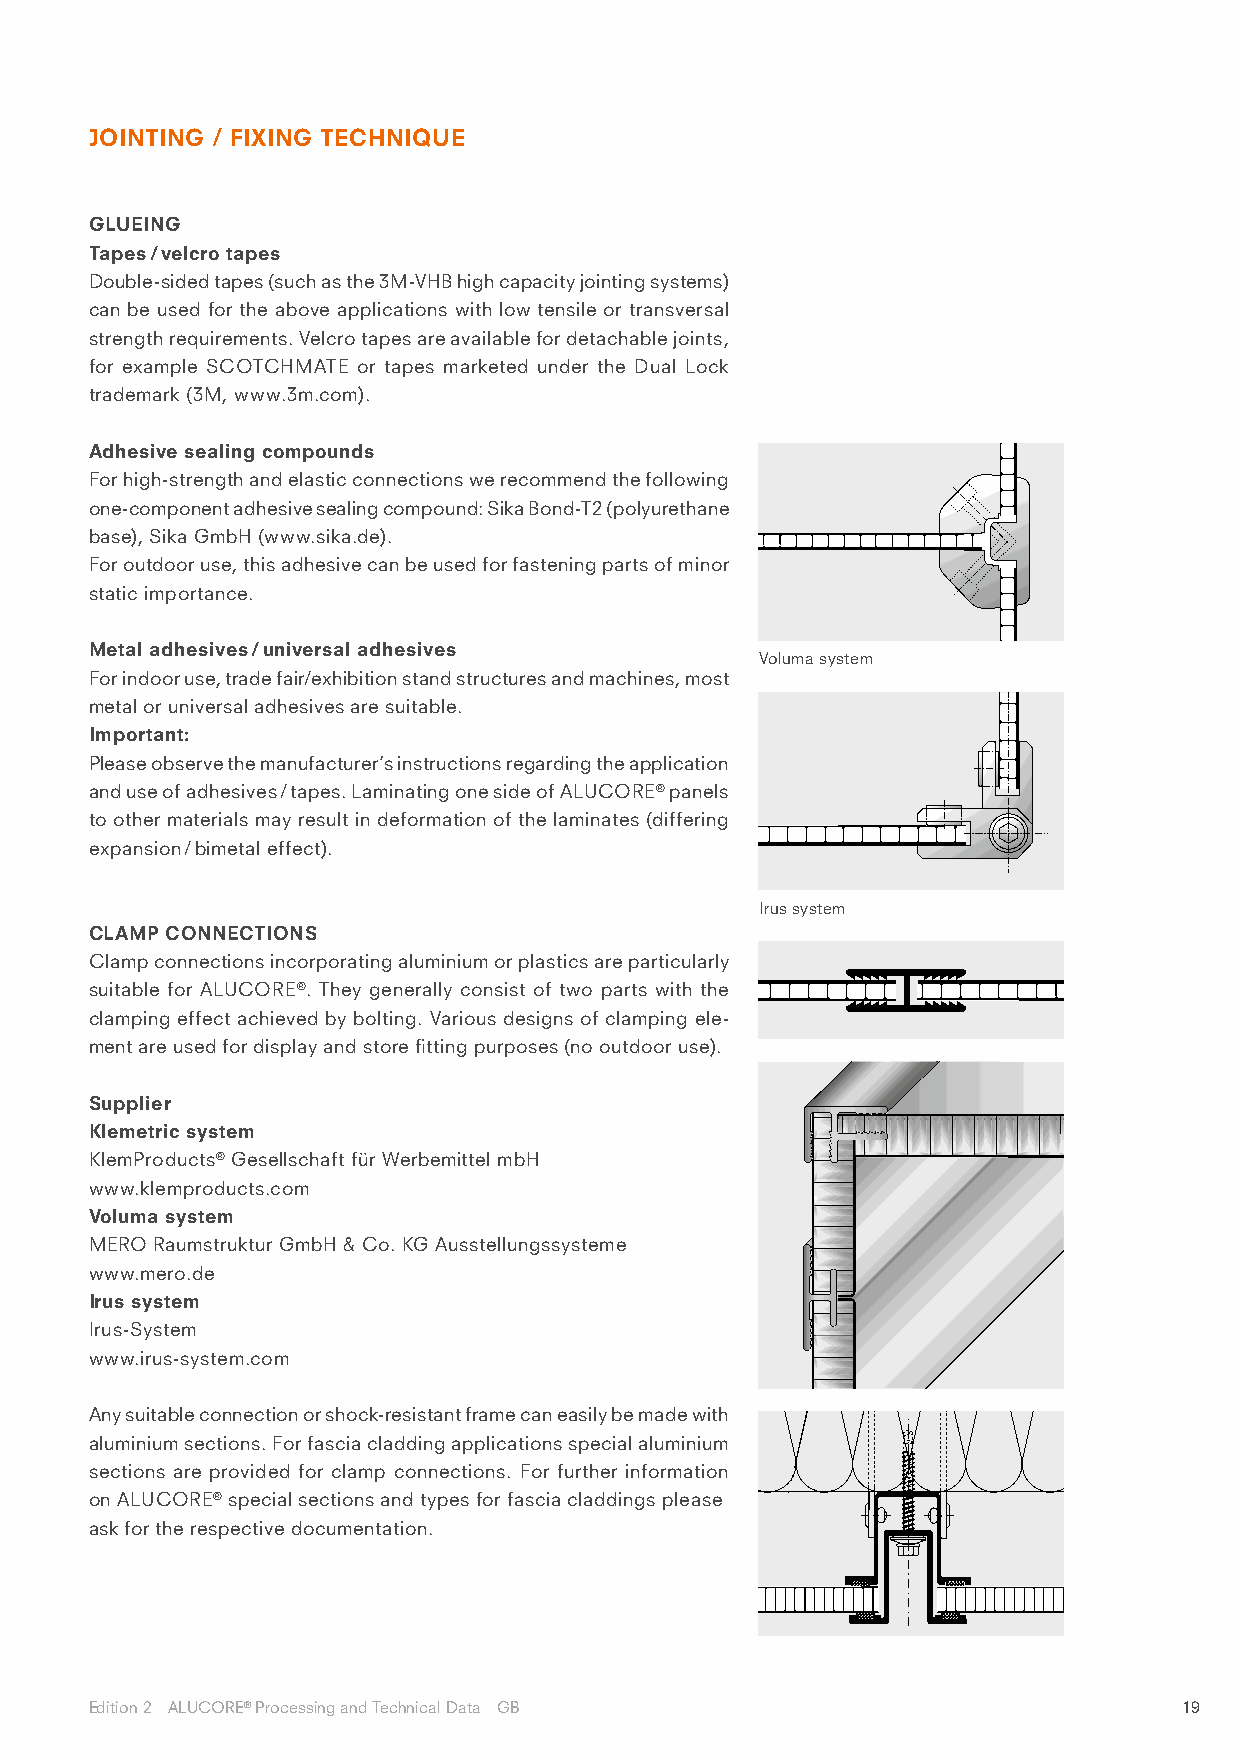
JOINTING / FIXING TECHNIQUE
 GLUEING
 Tapes / velcro tapes
 Double-sided tapes (such as the 3M-VHB high capacity jointing systems)
 can be used for the above applications with low tensile or transversal
 strength requirements. Velcro tapes are available for detachable joints,
 for example SCOTCHMATE or tapes marketed under the Dual Lock
 trademark (3M, www.3m.com).
 Adhesive sealing compounds
 For high-strength and elastic connections we recommend the following
 one-component adhesive sealing compound: Sika Bond-T2 (polyurethane
 base), Sika GmbH (www.sika.de).
 For outdoor use, this adhesive can be used for fastening parts of minor
 static importance.
 Metal adhesives / universal adhesives
 Voluma system
 For indoor use, trade fair/exhibition stand structures and machines, most
 metal or universal adhesives are suitable.
 Important:
 Please observe the manufacturer’s instructions regarding the application
 and use of adhesives / tapes. Laminating one side of ALUCORE® panels
 to other materials may result in deformation of the laminates (differing
 expansion / bimetal effect).
 Irus system
 CLAMP CONNECTIONS
 Clamp connections incorporating aluminium or plastics are particularly
 suitable for ALUCORE®. They generally consist of two parts with the
 clamping effect achieved by bolting. Various designs of clamping ele-
 ment are used for display and store fitting purposes (no outdoor use).
 Supplier
 Klemetric system
 KlemProducts® Gesellschaft für Werbemittel mbH
 www.klemproducts.com
 Voluma system
 MERO Raumstruktur GmbH & Co. KG Ausstellungssysteme
 www.mero.de
 Irus system
 Irus-System
 www.irus-system.com
 Any suitable connection or shock-resistant frame can easily be made with
 aluminium sections. For fascia cladding applications special aluminium
 sections are provided for clamp connections. For further information
 on ALUCORE® special sections and types for fascia claddings please
 ask for the respective documentation.
 Edition 2 ALUCORE® Processing and Technical Data GB                     19